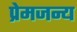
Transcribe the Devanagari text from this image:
प्रेमजन्य